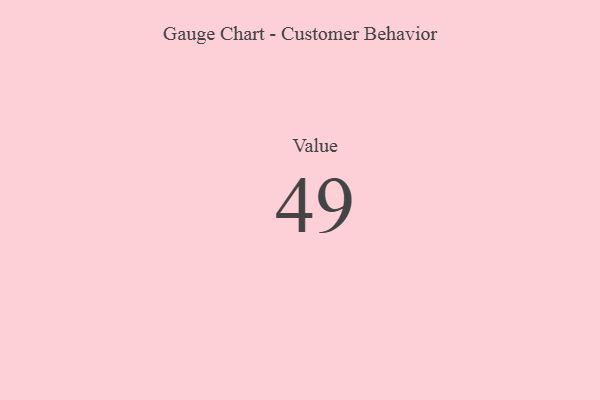
{"axis": {"x": "Metric", "y": "Value"}, "legend": [""], "data": [{"x": "Value", "y": 49, "type": ""}]}